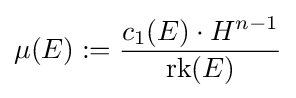
\mu (E):={\frac {c_{1}(E)\cdot H^{n-1}}{\operatorname {rk} (E)}}